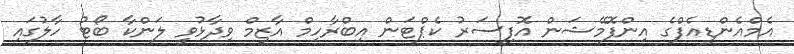
އެމްއެންޑީއެފްގެ އިންފޮމޭޝަން އޮފިސަރު ކެޕްޓަން އިބްރާހިމް އާޒިމް ވިދާޅުވީ ލަންކާ ބޯޓު ހާލުގައި